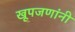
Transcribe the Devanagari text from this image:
खूपजणांनी